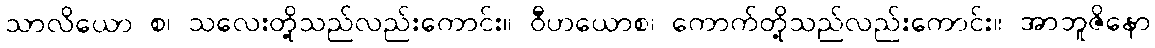
သာလိယော စ၊ သလေးတို့သည်လည်းကောင်း။ ဝီဟယောစ၊ ကောက်တို့သည်လည်းကောင်း။ အာဘူဇိနော